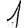
Digit: 1